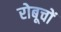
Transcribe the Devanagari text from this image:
रोबूचों